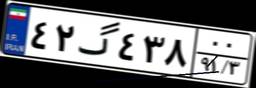
۸۷گ۹۳۹۶۱